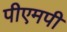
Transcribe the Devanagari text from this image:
पीएमपी